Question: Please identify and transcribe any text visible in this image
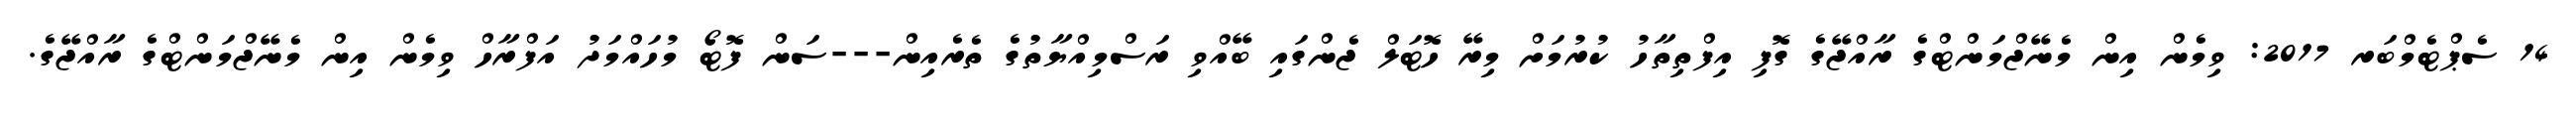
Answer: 14 ސެޕްޓެމްބަރ 2017: ވިމެން އިން މެނޭޖްމަންޓްގެ ރާއްޖޭގެ ގޮފި އިފްތިތާހު ކުރުމަށް މިރޭ ހޮޓަލް ޖެންގައި ބޭއްވި ރަސްމިއްޔާތުގެ ތެރެއިން---ސަން ފޮޓޯ މުހައްމަދު އަފްރާހް ވިމެން އިން މެނޭޖްމަންޓްގެ ރާއްޖޭގެ.